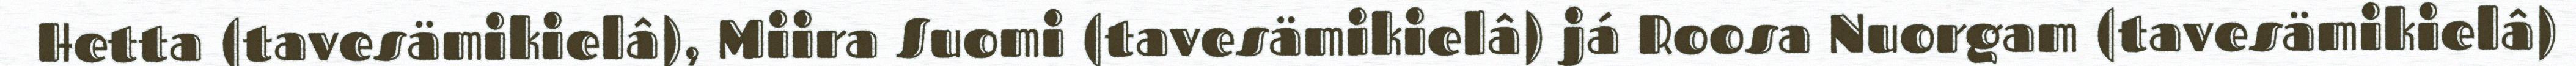
Hetta (tavesämikielâ), Miira Suomi (tavesämikielâ) já Roosa Nuorgam (tavesämikielâ)